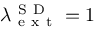
\lambda _ { \mathrm { ~ e ~ x ~ t ~ } } ^ { \mathrm { ~ S ~ D ~ } } = 1